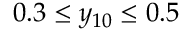
0 . 3 \leq y _ { 1 0 } \leq 0 . 5